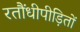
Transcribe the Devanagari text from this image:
रतौंधीपीड़ितों